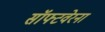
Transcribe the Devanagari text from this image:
सॉफ्टवेरना